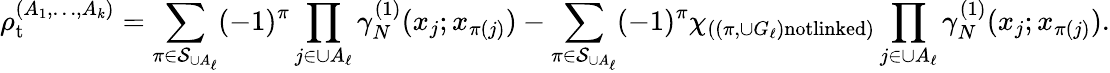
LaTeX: \rho_{\mathrm{t}}^{(A_{1},\ldots,A_{k})}=\sum_{\pi\in\mathcal{S}_{\cup A_{\ell}}}(-1)^{\pi}\prod_{j\in\cup A_{\ell}}\gamma_{N}^{(1)}(x_{j};x_{\pi(j)})-\sum_{\pi\in\mathcal{S}_{\cup A_{\ell}}}(-1)^{\pi}\chi_{\left((\pi,\cup G_{\ell})\textnormal{notlinked}\right)}\prod_{j\in\cup A_{\ell}}\gamma_{N}^{(1)}(x_{j};x_{\pi(j)}).